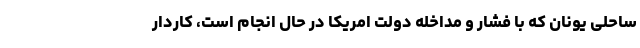
ساحلی یونان که با فشار و مداخله دولت امریکا در حال انجام است، کاردار